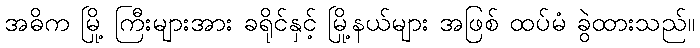
အဓိက မြို့ ကြီးများအား ခရိုင်နှင့် မြို့နယ်များ အဖြစ် ထပ်မံ ခွဲထားသည်။